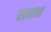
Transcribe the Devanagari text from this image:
सनाह